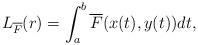
LaTeX: \begin{align*}L_{\overline{F}}(r)=\int_a^b\overline{F}(x(t),y(t))dt,\end{align*}